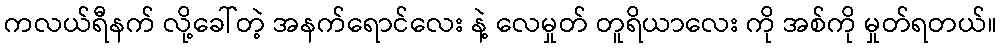
ကလယ်ရီနက် လို့ခေါ်တဲ့ အနက်ရောင်လေး နဲ့ လေမှုတ် တူရိယာလေး ကို အစ်ကို မှုတ်ရတယ်။